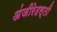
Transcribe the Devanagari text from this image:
अंजीरेदस्ती